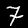
Digit: 7